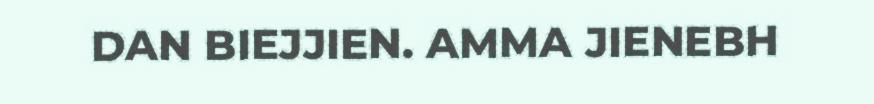
DAN BIEJJIEN. AMMA JIENEBH